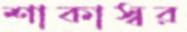
শাকাস্বর